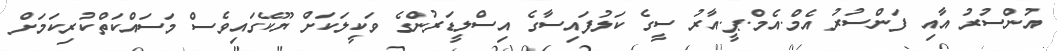
އުންސުރު އާއި ފަންސުރު އެމް.އެމް.ޕީ.އާރު ސީގެ ކަލުފައިސާގެ އިސްލީޑަރުންގެ ވަކީލަކަށް ޔޫކޭގައިވެސް މަސައްކަތްކުރިކަމަށް